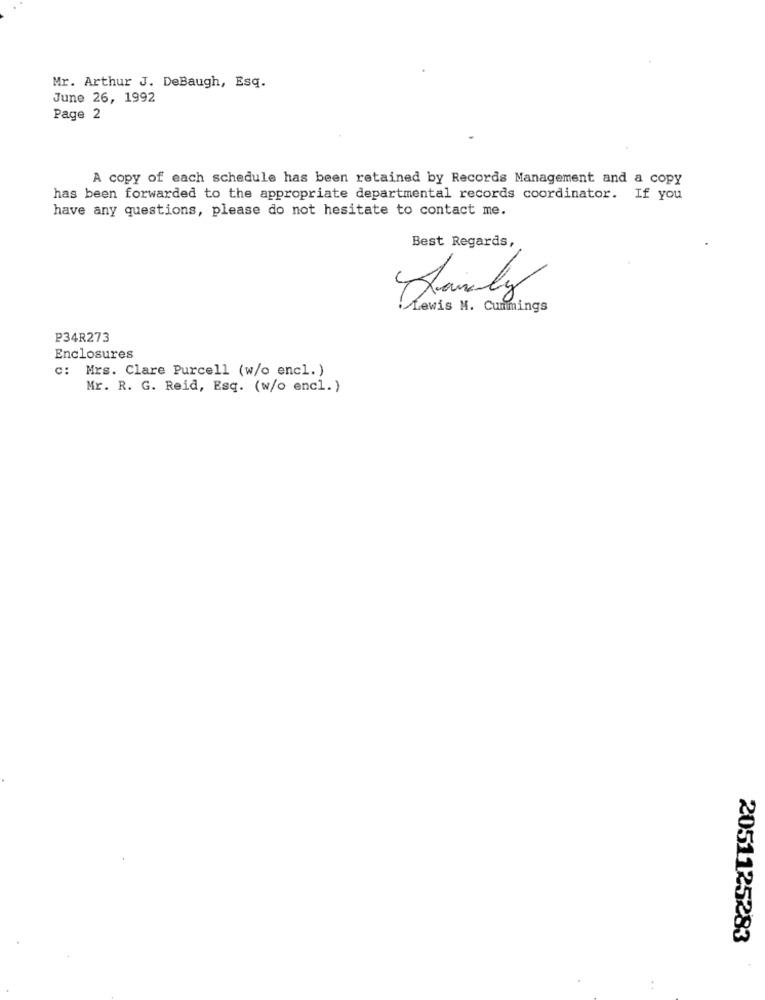
Mr. Arthur J. DeBaugh, Esq.
June 26, 1992
Page 2
A copy of each schedule has been retained by Records Management and a copy
has been forwarded to the appropriate departmental records coordinator. If you
have any questions, please do not hesitate to contact me.
Best Regards,
Sanaly
Lewis M. Cummings
P34R273
Enclosures
c: Mrs. Clare Purcell (w/o encl. )
Mr. R. G. Reid, Esq. (w/o encl. )
2051125283